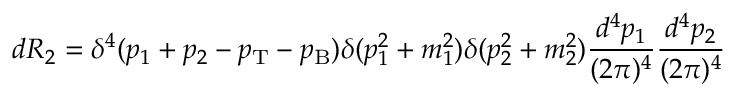
d R _ { 2 } = \delta ^ { 4 } ( p _ { 1 } + p _ { 2 } - p _ { \mathrm { T } } - p _ { \mathrm { B } } ) \delta ( p _ { 1 } ^ { 2 } + m _ { 1 } ^ { 2 } ) \delta ( p _ { 2 } ^ { 2 } + m _ { 2 } ^ { 2 } ) \frac { d ^ { 4 } p _ { 1 } } { ( 2 \pi ) ^ { 4 } } \frac { d ^ { 4 } p _ { 2 } } { ( 2 \pi ) ^ { 4 } }